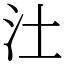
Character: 汢